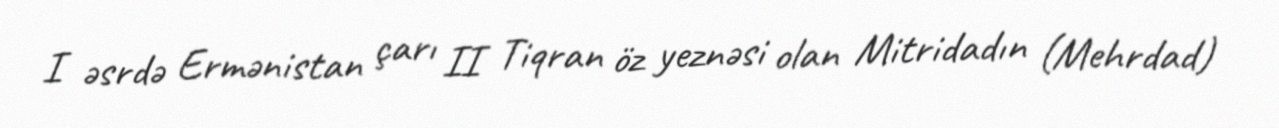
I əsrdə Ermənistan çarı II Tiqran öz yeznəsi olan Mitridadın (Mehrdad)